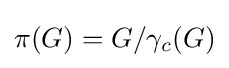
\pi (G)=G/\gamma _{c}(G)